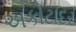
અકોટાદર